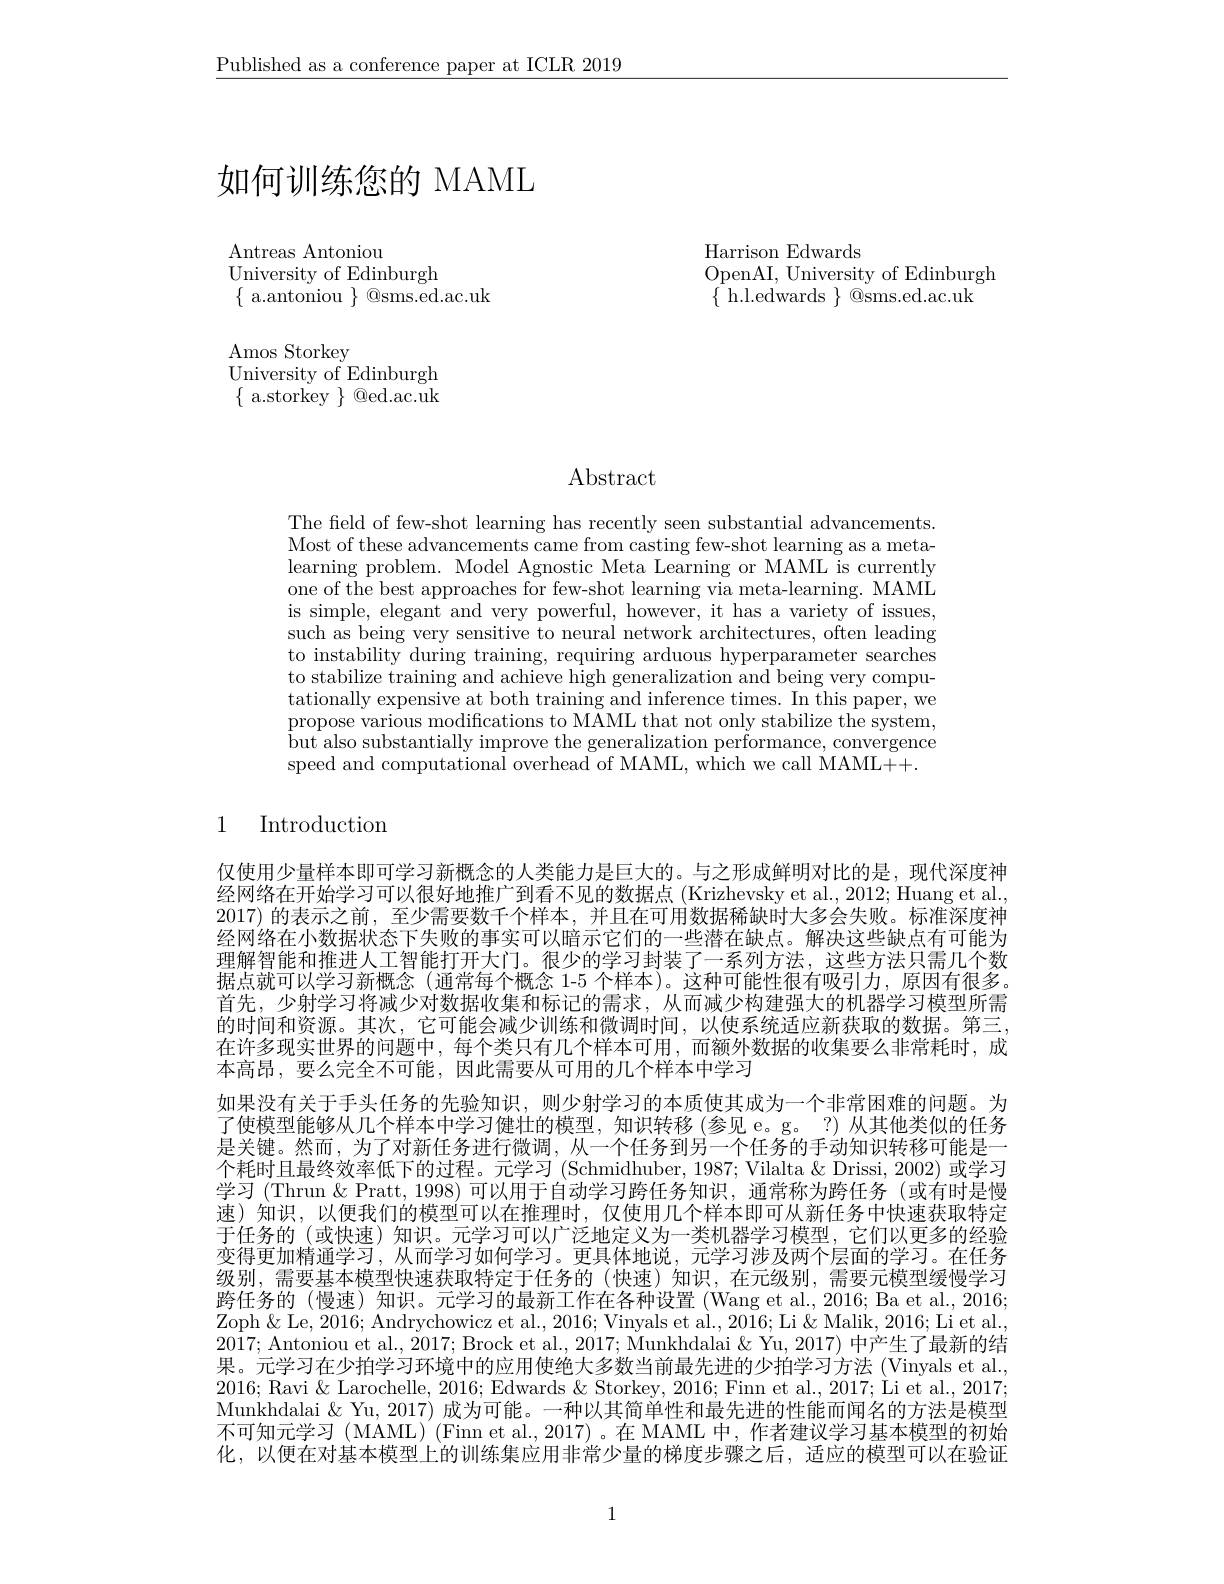
$\underline{\text{Published as a conference paper at ICLR 2019}}$

Harrison Edwards
OpenAI, University of Edinburgh
$\{{\mathrm{~h.l.edwards~}}\}{\mathrm{~@sms.ed.ac.uk}}$

# 如何训练您的 MAML

Antreas Antoniou
University of Edinburgh
$\{$ a.antoniou $\}$ @sms.ed.ac.uk

${\mathrm{Amos~Storkey}}$
University of Edinburgh $\{$a.storkey $\}$ @ed.ac.uk

$\operatorname{Abstract}$

The field of few-shot learning has recently seen substantial advancements. Most of these advancements came from casting few-shot learning as a metalearning problem. Model Agnostic Meta Learning or MAML is currently one of the best approaches for few-shot learning via meta-learning. MAML is simple, elegant and very powerful, however, it has a variety of issues, such as being very sensitive to neural network architectures, often leading to instability during training, requiring arduous hyperparameter searches to stabilize training and achieve high generalization and being very computationally expensive at both training and inference times. In this paper, we propose various modifications to MAML that not only stabilize the system, $\dot{\text{but also substantially improve the generalization performance, convergence}}$ speed and computational overhead of MAML, which we call MAML++.

1

# Introduction

仅使用少量样本即可学习新概念的人类能力是巨大的。与之形成鲜明对比的是，现代深度神经网络在开始学习可以很好地推广到看不见的数据点(Krizhevsky et al., 2012; Huang et al., 2017) 的表示之前，至少需要数千个样本，并且在可用数据稀缺时大多会失败。标准深度神经网络在小数据状态下失败的事实可以暗示它们的一些潜在缺点。解决这些缺点有可能为理解智能和推进人工智能打开大门。很少的学习封装了一系列方法，这些方法只需几个数据点就可以学习新概念 (通常每个概念 1-5 个样本)。这种可能性很有吸引力，原因有很多。首先，少射学习将减少对数据收集和标记的需求，从而减少构建强大的机器学习模型所需的时间和资源。其次，它可能会减少训练和微调时间，以使系统适应新获取的数据。第三， 在许多现实世界的问题中，每个类只有几个样本可用，而额外数据的收集要么非常耗时，成本高昂，要么完全不可能，因此需要从可用的几个样本中学习
如果没有关于手头任务的先验知识，则少射学习的本质使其成为一个非常困难的问题。为了使模型能够从几个样本中学习健壮的模型，知识转移(参见 e。g。?)从其他类似的任务是关键。然而，为了对新任务进行微调，从一个任务到另一个任务的手动知识转移可能是一个耗时且最终效率低下的过程。元学习 (Schmidhuber, 1987; Vilalta & Drissi, 2002) 或学习学习 (Thrun &Pratt, 1998) 可以用于自动学习跨任务知识，通常称为跨任务 (或有时是慢速)知识，以便我们的模型可以在推理时，仅使用几个样本即可从新任务中快速获取特定于任务的 (或快速) 知识。元学习可以广泛地定义为一类机器学习模型，它们以更多的经验变得更加精通学习，从而学习如何学习。更具体地说，元学习涉及两个层面的学习。在任务级别，需要基本模型快速获取特定于任务的 (快速)知识，在元级别，需要元模型缓慢学习跨任务的 (慢速)知识。元学习的最新工作在各种设置 (Wang et al., 2016; Ba et al., 2016; Zoph &Le, 2016; Andrychowicz et al., 2016; Vinyals et al., 2016; Li & Malik, 2016; Li et al. 2017; Antoniou et al., 2017; Brock et al., 2017; Munkhdalai & Yu, 2017) 中产生了最新的结果。元学习在少拍学习环境中的应用使绝大多数当前最先进的少拍学习方法 (Vinyals et al., 2016; Ravi & Larochelle, 2016; Edwards & Storkey, 2016; Finn et al., 2017; Li et al., 2017; Munkhdalai $\&$ Yu, 2017) 成为可能。一种以其简单性和最先进的性能而闻名的方法是模型不可知元学习 (MAML) (Finn et al., 2017) 。在 MAML 中，作者建议学习基本模型的初始化，以便在对基本模型上的训练集应用非常少量的梯度步骤之后，适应的模型可以在验证

1